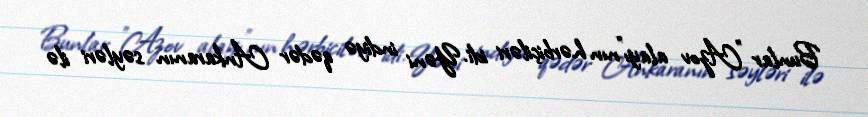
Bunlar ”Azov alayı"nın hərbiçiləri idi. Yəni indiyə qədər Ankaranın səyləri ilə